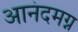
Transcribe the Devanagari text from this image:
आनंदमग्न